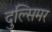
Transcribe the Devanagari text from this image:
दुल्सिमर